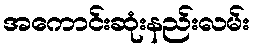
အကောင်းဆုံးနည်းလမ်း